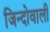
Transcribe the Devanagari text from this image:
जिन्दोवाली